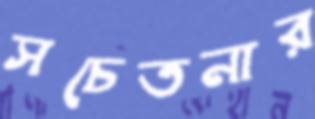
সচেতনার